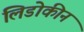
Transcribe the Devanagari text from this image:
लिडोकीन